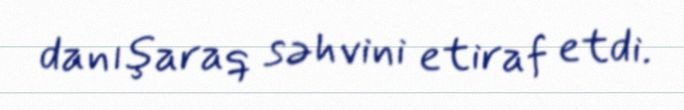
danışaraq səhvini etiraf etdi.